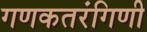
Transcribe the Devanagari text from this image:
गणकतरंगिणी